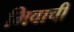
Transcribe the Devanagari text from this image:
भिवाची